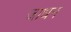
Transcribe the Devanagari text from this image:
जाधन